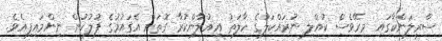
ސްރީލަންކާގައި މިރޭވެސް ކުއްލި ނުރައްކަލުގެ ހާލަތު އިއުލާންކުރާ ގޮތަށް އެގައުމުގެ ފުލުހުން ނިންމައިފިއެވެ.